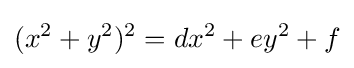
(x^{2}+y^{2})^{2}=dx^{2}+ey^{2}+f